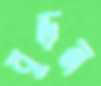
বুড়ন